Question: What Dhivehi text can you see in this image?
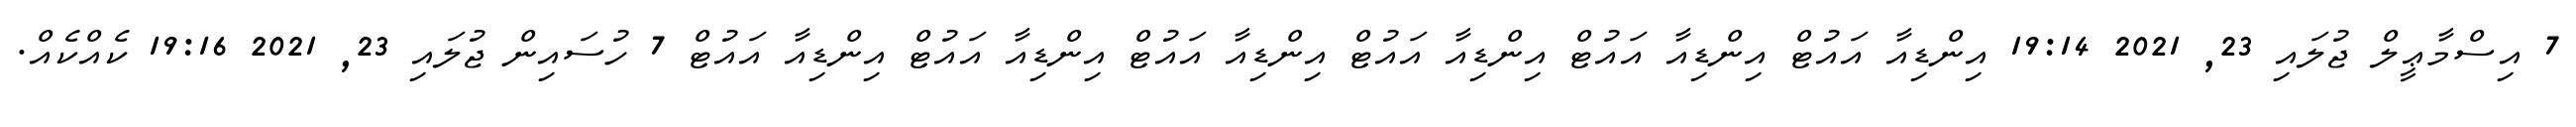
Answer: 7 އިސްމާޢީލް ޖުލައި 23, 2021 19:14 އިންޑިއާ އައުޓް އިންޑިއާ އައުޓް އިންޑިއާ އައުޓް އިންޑިއާ އައުޓް އިންޑިއާ އައުޓް އިންޑިއާ އައުޓް 7 ހުސައިން ޖުލައި 23, 2021 19:16 ކެއްކެއް.